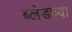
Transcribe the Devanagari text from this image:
ब्लेडच्या